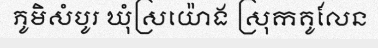
ភូមិសំបូរ ឃុំស្រយ៉ោង ស្រុកគូលែន